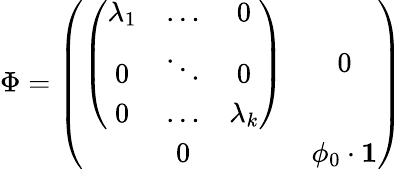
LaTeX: \Phi=\left(\begin{array}{cc}{{\left(\begin{array}{ccc}{{\lambda_{1}}}&{{\dots}}&{{0}}\\ {{0}}&{{\ddots}}&{{0}}\\ {{0}}&{{\dots}}&{{\lambda_{k}}}\end{array}\right)}}&{{0}}\\ {{0}}&{{\phi_{0}\cdot{\mathbf 1}}}\end{array}\right)